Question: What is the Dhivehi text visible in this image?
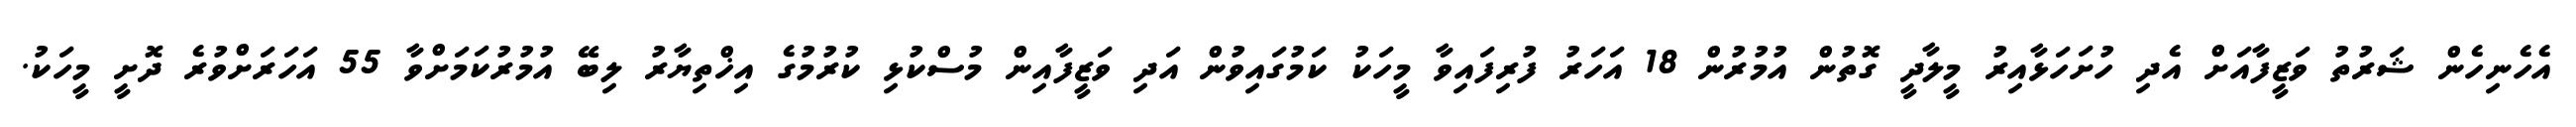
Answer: އެހެނިހެން ޝަރުތު ވަޒީފާއަށް އެދި ހުށަހަޅާއިރު މީލާދީ ގޮތުން އުމުރުން 18 އަހަރު ފުރިފައިވާ މީހަކު ކަމުގައިވުން އަދި ވަޒީފާއިން މުސްކުޅި ކުރުމުގެ އިޚްތިޔާރު ލިބޭ އުމުރުކަމަށްވާ 55 އަހަރަށްވުރެ ދޮށީ މީހަކު.